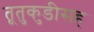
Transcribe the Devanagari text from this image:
तूतुकुडीसह